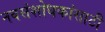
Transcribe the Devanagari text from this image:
नवसंशोधकांसाठी